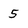
Character: 5